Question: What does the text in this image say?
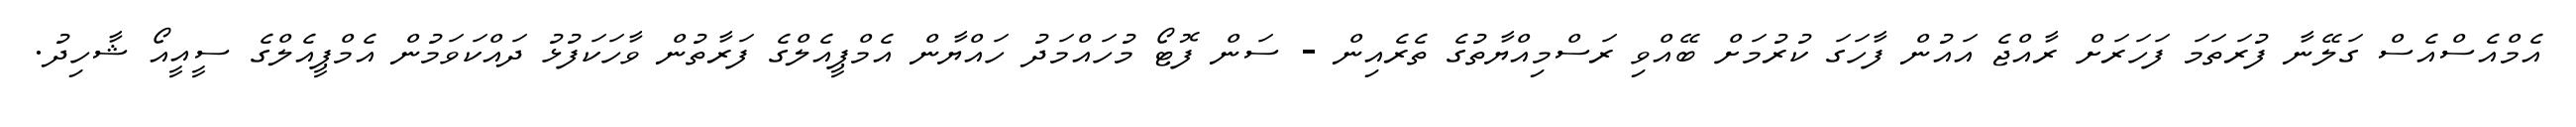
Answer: އެމްއެސްއެސް ގަލޭނާ ފުރަތަމަ ފަހަރަށް ރާއްޖެ އައުން ފާހަގަ ކުރުމަށް ބޭއްވި ރަސްމިއްޔާތުގެ ތެރެއިން - ސަން ފޮޓޯ މުހައްމަދު ހައްޔާން އެމްޕީއެލްގެ ފަރާތުން ވާހަކަފުޅު ދައްކަވަމުން އެމްޕީއެލްގެ ސީއީއޯ ޝާހިދު.